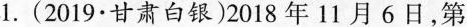
1. (2019·甘肃白银)2018年11月6日，第